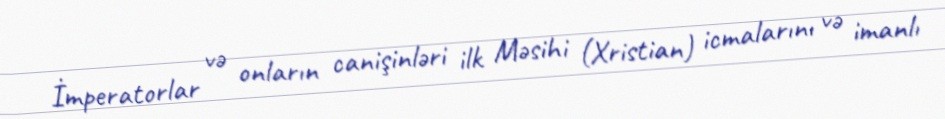
İmperatorlar və onların canişinləri ilk Məsihi (Xristian) icmalarını və imanlı